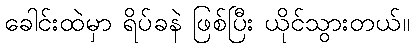
ခေါင်းထဲမှာ ရိပ်ခနဲ ဖြစ်ပြီး ယိုင်သွားတယ်။